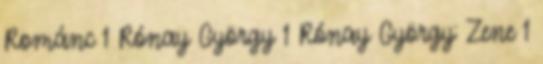
Románc 1 Rónay György 1 Rónay György: Zene 1